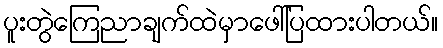
ပူးတွဲကြေညာချက်ထဲမှာဖေါ်ပြထားပါတယ်။